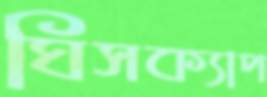
ঘিসক্যাপ